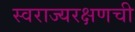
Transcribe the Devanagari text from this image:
स्वराज्यरक्षणची